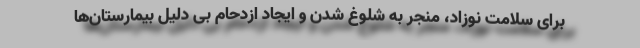
برای سلامت نوزاد، منجر به شلوغ شدن و ایجاد ازدحام بی دلیل بیمارستان‌ها